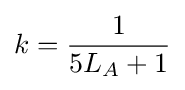
k={\frac {1}{5L_{A}+1}}